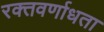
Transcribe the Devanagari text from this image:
रक्तवर्णाधता